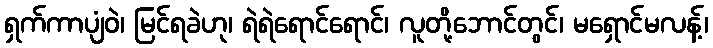
ရှက်ကာပျံဝဲ၊ မြင်ရခဲဟု၊ ရဲရဲရောင်ရောင်၊ လူတို့ဘောင်တွင်၊ မရှောင်မလန့်၊